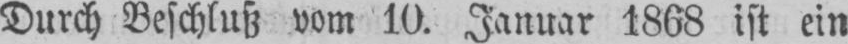
Durch Beschluß vom 10. Januar 1868 ist ein